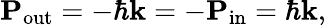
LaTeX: \mathbf{P}_{\mathrm{out}}=-\hbar\mathbf{k}=-\mathbf{P}_{\mathrm{in}}=\hbar\mathbf{k},